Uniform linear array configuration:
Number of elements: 12
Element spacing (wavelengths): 1
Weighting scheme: kaiser
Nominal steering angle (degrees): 30
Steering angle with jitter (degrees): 31.068
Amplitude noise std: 0.05
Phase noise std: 0.05

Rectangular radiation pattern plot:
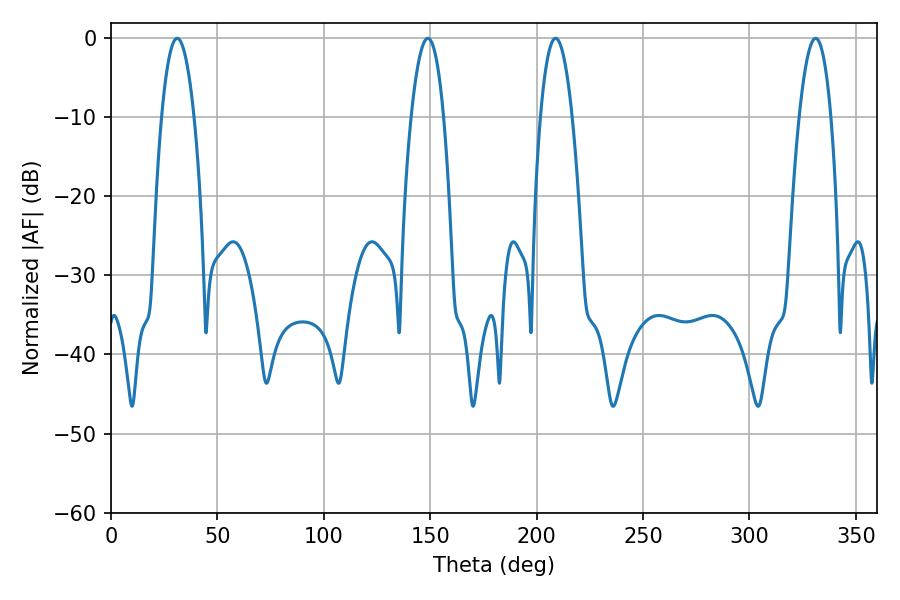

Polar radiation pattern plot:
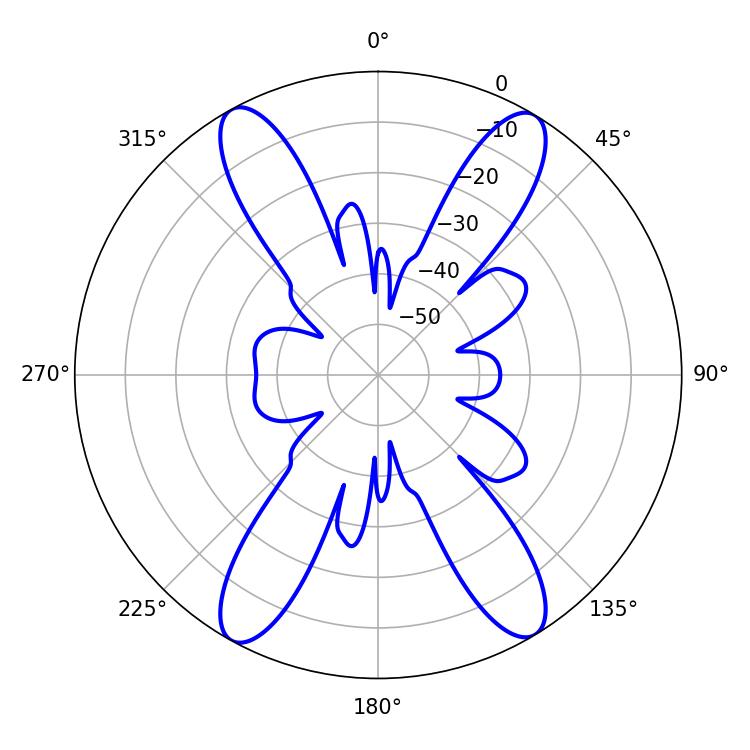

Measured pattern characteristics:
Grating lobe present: TRUE
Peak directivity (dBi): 21.411
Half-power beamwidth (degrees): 8.46
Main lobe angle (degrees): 31.14